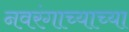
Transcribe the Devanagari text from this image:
नवरंगाच्याच्या